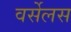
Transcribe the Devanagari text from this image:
वर्सेलस